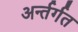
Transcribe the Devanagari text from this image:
अर्न्तर्गत